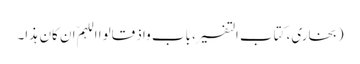
(بخاری، کتاب التفسیر، باب واذ قالوا اللہمّ ان کان ہذا۔